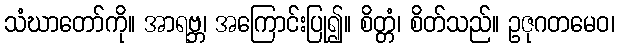
သံဃာတော်ကို။ အာရဗ္ဘ၊ အကြောင်းပြု၍။ စိတ္တံ၊ စိတ်သည်။ ဥဇုဂတမေဝ၊